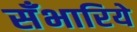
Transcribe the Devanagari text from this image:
सँभारिये